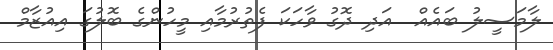
ލާމަސީލު ބައެއް  އަދި ދޮގު ވާހަކަ ފެތުރުމާއި މީހުންގެ ބޮލުގަ އިއުޒާމް